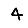
Digit: 4